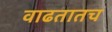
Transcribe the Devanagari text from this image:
वाढतातच